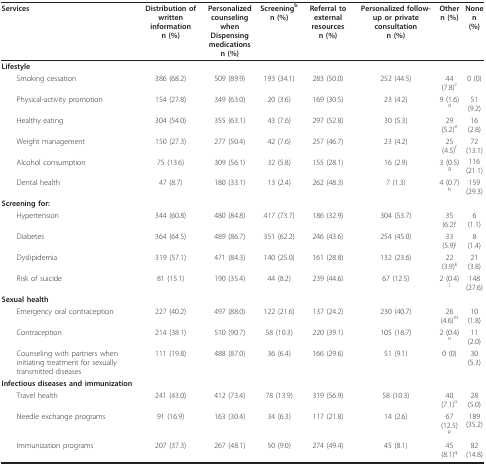
<table><thead><tr><td><b>Services</b></td><td><b>Distribution of written informationn (%)</b></td><td><b>Personalized counseling whenDispensing medicationsn (%)</b></td><td><b>Screening<sup>b</sup>n (%)</b></td><td><b>Referral to external resourcesn (%)</b></td><td><b>Personalized follow-up or private consultationn (%)</b></td><td><b>Othern (%)</b></td><td><b>Nonen (%)</b></td></tr></thead><tbody><tr><td><b>Lifestyle</b></td><td></td><td></td><td></td><td></td><td></td><td></td><td></td></tr><tr><td> Smoking cessation</td><td>386 (68.2)</td><td>509 (89.9)</td><td>193 (34.1)</td><td>283 (50.0)</td><td>252 (44.5)</td><td>44 (7.8)<sup>c</sup></td><td>0 (0)</td></tr><tr><td> Physical-activity promotion</td><td>154 (27.8)</td><td>349 (63.0)</td><td>20 (3.6)</td><td>169 (30.5)</td><td>23 (4.2)</td><td>9 (1.6)<sup>d</sup></td><td>51 (9.2)</td></tr><tr><td> Healthy eating</td><td>304 (54.0)</td><td>355 (63.1)</td><td>43 (7.6)</td><td>297 (52.8)</td><td>30 (5.3)</td><td>29 (5.2)<sup>e</sup></td><td>16 (2.8)</td></tr><tr><td> Weight management</td><td>150 (27.3)</td><td>277 (50.4)</td><td>42 (7.6)</td><td>257 (46.7)</td><td>23 (4.2)</td><td>25 (4.5)<sup>f</sup></td><td>72 (13.1)</td></tr><tr><td> Alcohol consumption</td><td>75 (13.6)</td><td>309 (56.1)</td><td>32 (5.8)</td><td>155 (28.1)</td><td>16 (2.9)</td><td>3 (0.5)<sup>g</sup></td><td>116 (21.1)</td></tr><tr><td> Dental health</td><td>47 (8.7)</td><td>180 (33.1)</td><td>13 (2.4)</td><td>262 (48.3)</td><td>7 (1.3)</td><td>4 (0.7)<sup>h</sup></td><td>159 (29.3)</td></tr><tr><td><b>Screening for:</b></td><td></td><td></td><td></td><td></td><td></td><td></td><td></td></tr><tr><td> Hypertension</td><td>344 (60.8)</td><td>480 (84.8)</td><td>417 (73.7)</td><td>186 (32.9)</td><td>304 (53.7)</td><td>35 (6.2)<sup>i</sup></td><td>6 (1.1)</td></tr><tr><td> Diabetes</td><td>364 (64.5)</td><td>489 (86.7)</td><td>351 (62.2)</td><td>246 (43.6)</td><td>254 (45.0)</td><td>33 (5.9)<sup>j</sup></td><td>8 (1.4)</td></tr><tr><td> Dyslipidemia</td><td>319 (57.1)</td><td>471 (84.3)</td><td>140 (25.0)</td><td>161 (28.8)</td><td>132 (23.6)</td><td>22 (3.9)<sup>k</sup></td><td>21 (3.8)</td></tr><tr><td> Risk of suicide</td><td>81 (15.1)</td><td>190 (35.4)</td><td>44 (8.2)</td><td>239 (44.6)</td><td>67 (12.5)</td><td>2 (0.4)<sup>l</sup></td><td>148 (27.6)</td></tr><tr><td><b>Sexual health</b></td><td></td><td></td><td></td><td></td><td></td><td></td><td></td></tr><tr><td> Emergency oral contraception</td><td>227 (40.2)</td><td>497 (88.0)</td><td>122 (21.6)</td><td>137 (24.2)</td><td>230 (40.7)</td><td>26 (4.6)<sup>m</sup></td><td>10 (1.8)</td></tr><tr><td> Contraception</td><td>214 (38.1)</td><td>510 (90.7)</td><td>58 (10.3)</td><td>220 (39.1)</td><td>105 (18.7)</td><td>2 (0.4)<sup>n</sup></td><td>11 (2.0)</td></tr><tr><td> Counseling with partners when initiating treatment for sexually transmitted diseases</td><td>111 (19.8)</td><td>488 (87.0)</td><td>36 (6.4)</td><td>166 (29.6)</td><td>51 (9.1)</td><td>0 (0)</td><td>30 (5.3)</td></tr><tr><td><b>Infectious diseases and immunization</b></td><td></td><td></td><td></td><td></td><td></td><td></td><td></td></tr><tr><td> Travel health</td><td>241 (43.0)</td><td>412 (73.4)</td><td>78 (13.9)</td><td>319 (56.9)</td><td>58 (10.3)</td><td>40 (7.1)<sup>o</sup></td><td>28 (5.0)</td></tr><tr><td> Needle exchange programs</td><td>91 (16.9)</td><td>163 (30.4)</td><td>34 (6.3)</td><td>117 (21.8)</td><td>14 (2.6)</td><td>67 (12.5)<sup>p</sup></td><td>189 (35.2)</td></tr><tr><td> Immunization programs</td><td>207 (37.3)</td><td>267 (48.1)</td><td>50 (9.0)</td><td>274 (49.4)</td><td>45 (8.1)</td><td>45 (8.1)<sup>q</sup></td><td>82 (14.8)</td></tr></tbody></table>